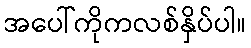
အပေါ်ကိုကလစ်နှိပ်ပါ။